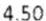
4.50